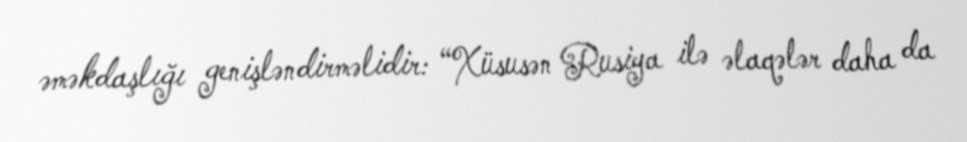
əməkdaşlığı genişləndirməlidir: “Xüsusən Rusiya ilə əlaqələr daha da